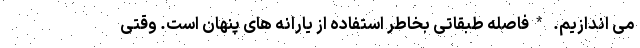
می اندازیم. *فاصله طبقاتی بخاطر استفاده از یارانه های پنهان است. وقتی